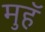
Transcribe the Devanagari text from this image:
मुहॅ